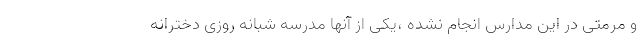
و مرمتی در این مدارس انجام نشده ،یکی از آنها مدرسه شبانه روزی دخترانه